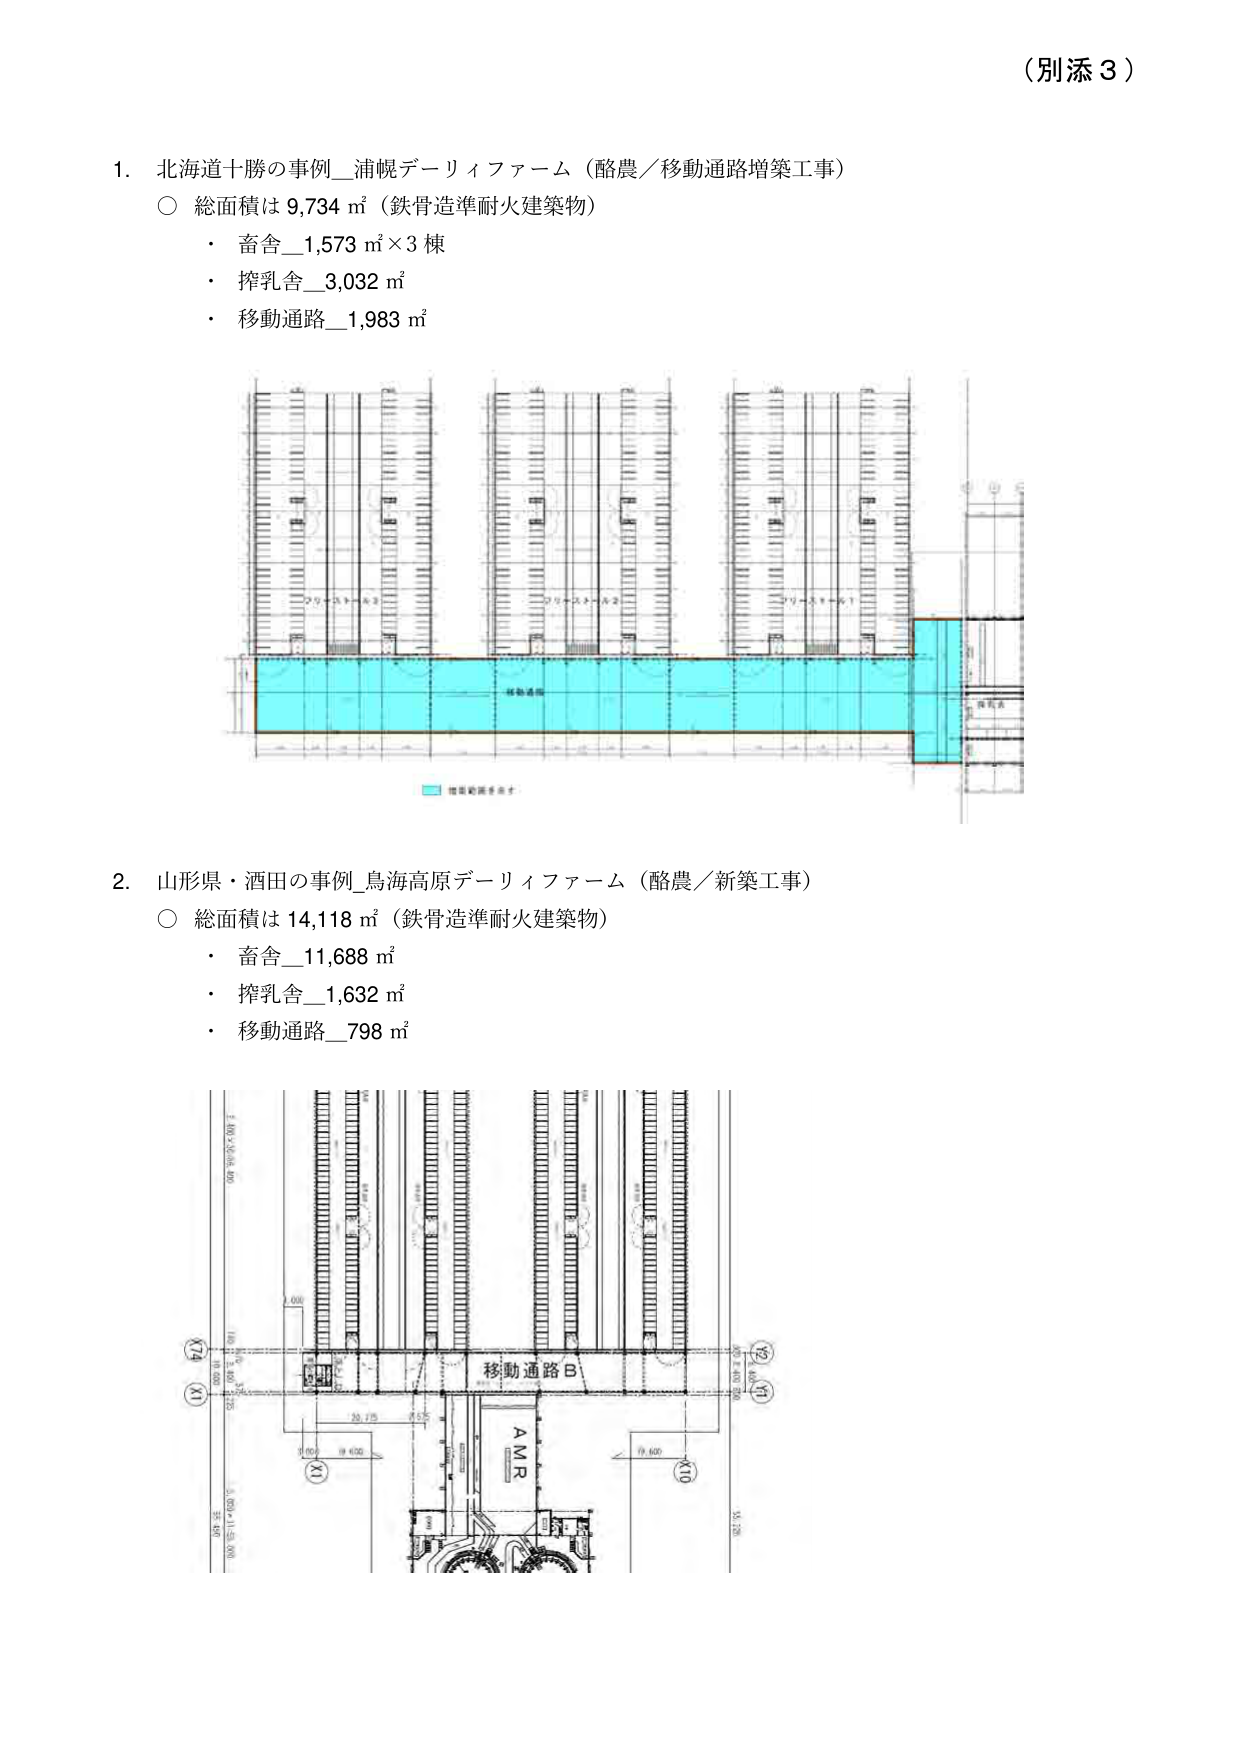
（別添３）

1. 北海道十勝の事例_浦幌デーリィファーム（酪農／移動通路増築工事）
○ 総面積は 9,734 ㎡（鉄骨造準耐火建築物）
・ 畜舎_1,573 ㎡×3 棟
・ 搾乳舎_3,032 ㎡
・ 移動通路_1,983 ㎡

2. 山形県・酒田の事例_鳥海高原デーリィファーム（酪農／新築工事）
○ 総面積は 14,118 ㎡（鉄骨造準耐火建築物）
・ 畜舎_11,688 ㎡
・ 搾乳舎_1,632 ㎡
・ 移動通路_798 ㎡

移動通路B
AMR